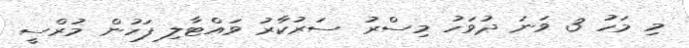
މި މަހު 3 ވަނަ ދުވަހު މިސްރު ސަރުކާރު ވައްޓާލި ފަހުން މުރްސީ